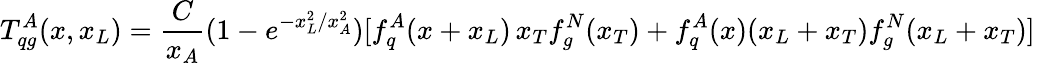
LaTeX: T_{qg}^{A}(x,x_{L})=\frac{C}{x_{A}}(1-e^{-x_{L}^{2}/x_{A}^{2}})[f_{q}^{A}(x+x_{L})\, x_{T}f_{g}^{N}(x_{T})+f_{q}^{A}(x)(x_{L}+x_{T})f_{g}^{N}(x_{L}+x_{T})]\,